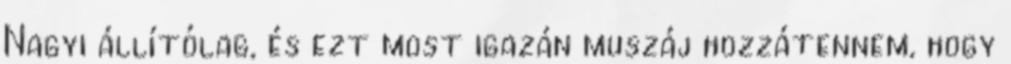
Nagyi állítólag, és ezt most igazán muszáj hozzátennem, hogy